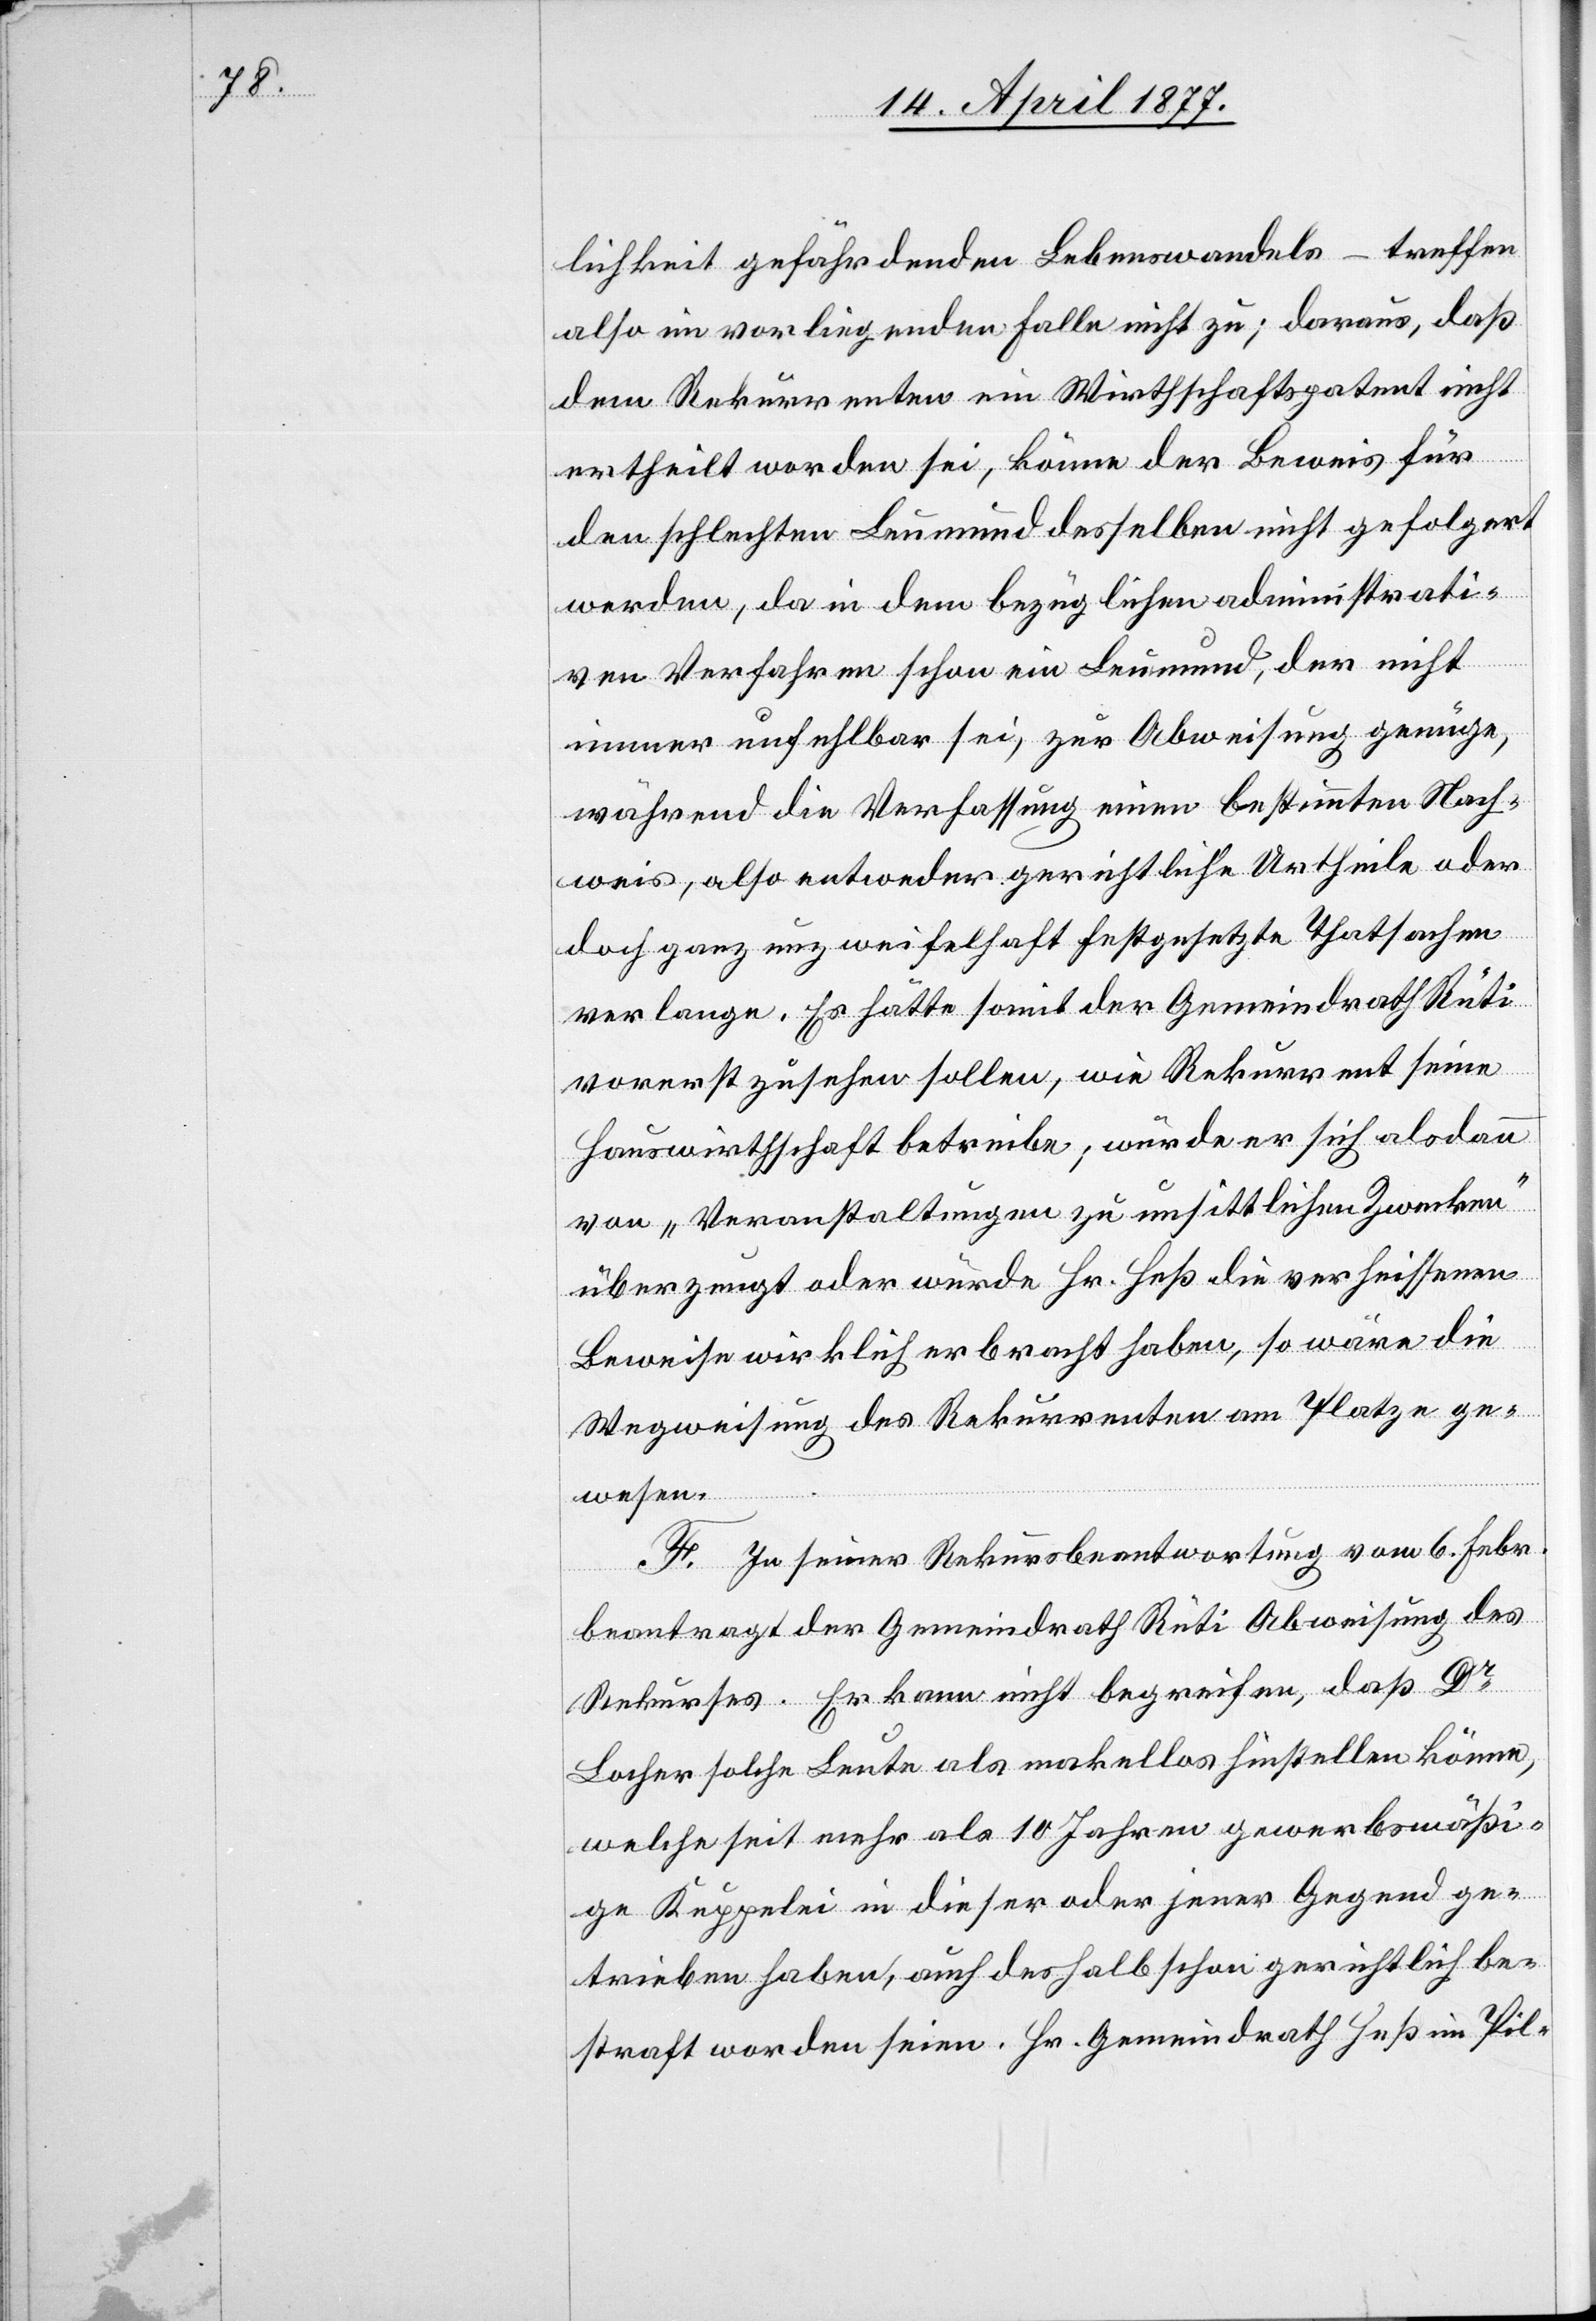
lichkeit gefährdenden Lebenswandels – treffen
also im vorliegenden Falle nicht zu; daraus, daß
dem Rekurrenten ein Wirthschaftspatent nicht
ertheilt worden sei, könne der Beweis für
den schlechten Leumund desselben nicht gefolgert
werden, da in dem bezüglichen administrati¬
ven Verfahren schon ein Leumund, der nicht
immer unfehlbar sei, zur Abweisung genüge,
während die Verfassung einen bestimmten Nach¬
weis, also entweder gerichtliche Urtheile oder
doch ganz unzweifelhaft festgesetzte Thatsachen
verlange. Es hätte somit der Gemeindrath Rüti
vorerst zusehen sollen, wie Rekurrent seine
Hauswirthschaft betreibe; würde er sich alsdann
von „Veranstaltungen zu unsittlichen Zwecken“
überzeugt oder würde Hr. Heß die verheissenen
Beweise wirklich erbracht haben, so wäre die
Wegweisung des Rekurrenten am Platze ge¬
wesen.
F. In seiner Rekursbeantwortung vom 6. Febr.
beantragt der Gemeindrath Rüti Abweisung des
Rekurses. Er kann nicht begreifen, daß Dr
Locher solche Leute als makellos hinstellen könne,
welche seit mehr als 10 Jahren gewerbsmäßi¬
ge Kuppelei in dieser oder jener Gegend ge¬
trieben haben, auch deshalb schon gerichtlich be¬
straft worden seien. Hr. Gemeindrath Heß im Pil-